Reports on military cantonments and civil stations in the Presidency of Bombay inspected by the Sanitary Commissioner in the years 1875 and 1876
Year: 1875
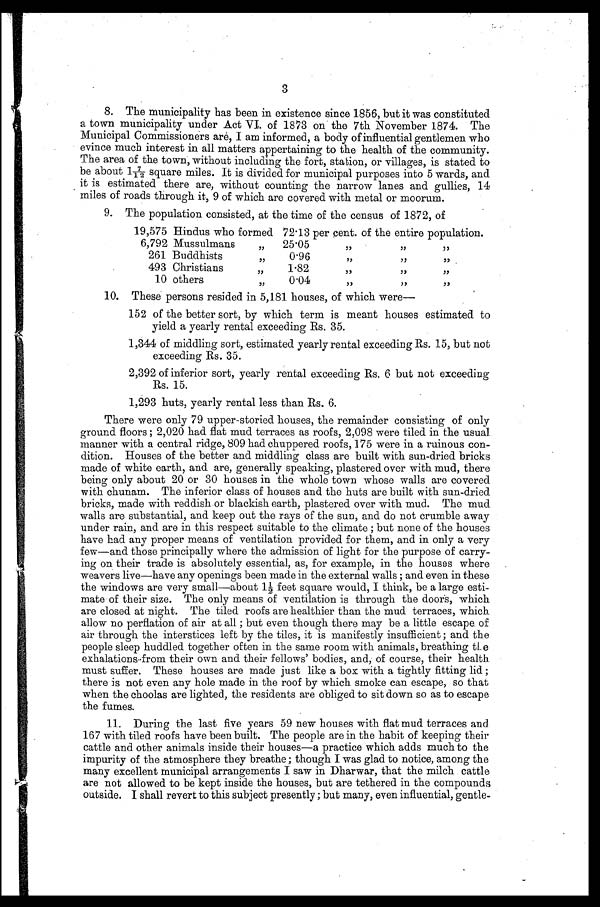
3
The municipality has been in existence since 1856, but it was constituted
a town municipality under Act VI. of 1873 on the 7th November 1874. The
Municipal Commissioners are, I am informed, a body of influential gentlemen who
evince much interest in all matters appertaining to the health of the community.
The area of the town, without including the fort, station, or villages, is stated to
be about 17/12 square miles. It is divided for municipal purposes into 5 wards, and
is estimated there are, without counting the narrow lanes and gullies, 14
miles of roads through it, 9 of which are covered with metal or moorum.
The population consisted, at the time of the census of 1872, of
19,575 Hindus who formed 72.13 per cent. of the entire population.
6,792 Mussulmans
,,
25.05
,,
,,
,,
261 Buddhists
,,
0.96
,,
,,
,,
493 Christians
,,
1.82
,,
,,
,,
10 others
,,
0.04
,,
,,
,,
These persons resided in 5,181 houses, of which were
—
152 of the better sort, by which term is meant houses estimated to
yield a yearly rental exceeding Rs. 35.
1,344 of middling sort, estimated yearly rental exceeding Rs. 15, but not
exceeding Rs. 35.
2,392 of inferior sort, yearly rental exceeding Rs. 6 but not exceeding
Rs. 15.
1,293 huts, yearly rental less than Rs. 6.
There were only 79 upper-storied houses, the remainder consisting of only
ground floors ; 2,020 had flat mud terraces as roofs, 2,098 were tiled in the usual
manner with a central ridge, 809 had chuppered roofs, 175 were in a ruinous con-
dition. Houses of the better and middling class are built with sun-dried bricks
made of white earth, and are, generally speaking, plastered over with mud, there
being only about 20 or 30 houses in the whole town whose walls are covered
with chunam. The inferior class of houses and the huts are built with sun-dried
bricks, made with reddish or blackish earth, plastered over with mud. The mud
walls are substantial, and keep out the rays of the sun, and do not crumble away
under rain, and are in this respect suitable to the climate ; but none of the houses
have had any proper means of ventilation provided for them, and in only a very
few—and those principally where the admission of light for the purpose of carry-
ing on their trade is absolutely essential, as, for example, in the houses where
weavers live—have any openings been made in the external walls ; and even in these
the windows are very small—about 11/2 feet square would, I think, be a large esti-
mate of their size. The only means of ventilation is through the door's, which
are closed at night. The tiled roofs are healthier than the mud terraces, which.
allow no perflation of air at all ; but even though there may be a little escape, of
air through the interstices left by the tiles, it is manifestly insufficient ; and the
people sleep huddled together often in the same room with animals, breathing the
exhalations-from their own and their fellows' bodies, and, of course, their health.
must suffer. These houses are made just like a box with a tightly fitting lid ;
there is not even any hole made in the roof by which smoke can escape, so that
when the choolas are lighted, the residents are obliged to sit down so as to escape
the fumes.
During the last five years 59 new houses with flat mud terraces and.
167 with tiled roofs have been built. The people are in the habit of keeping their
cattle and other animals inside their houses—a practice which adds much to the
impurity of the atmosphere they breathe ; though I was glad to notice, among the
many excellent municipal arrangements I saw in Dharwar, that the mulch cattle
are not allowed to be kept inside the houses, but are tethered in the compounds
outside. I shall revert to this subject presently; but many, even influential, gentle-